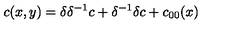
c ( x , y ) = \delta \delta ^ { - 1 } c + \delta ^ { - 1 } \delta c + c _ { 0 0 } ( x )